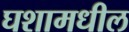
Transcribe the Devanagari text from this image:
घशामधील